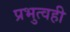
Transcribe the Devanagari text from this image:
प्रभुत्वही